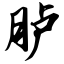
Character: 胪